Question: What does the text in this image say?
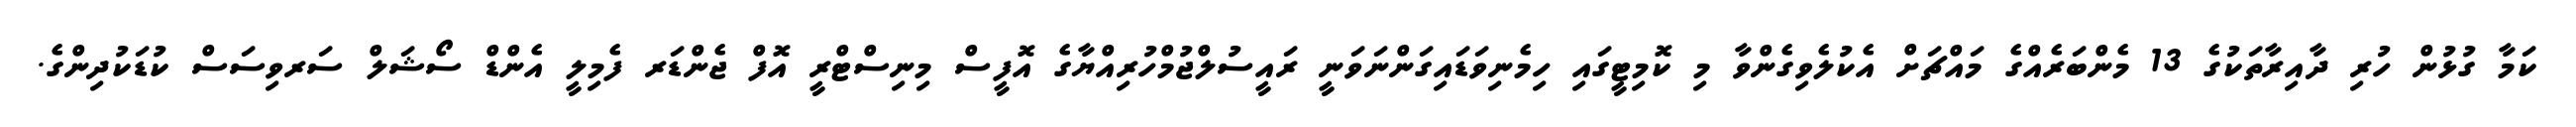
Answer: ކަމާ ގުޅުން ހުރި ދާއިރާތަކުގެ 13 މެންބަރެއްގެ މައްޗަށް އެކުލެވިގެންވާ މި ކޮމިޓީގައި ހިމެނިވަޑައިގަންނަވަނީ ރައީސުލްޖުމްހުރިއްޔާގެ އޮފީސް މިނިސްޓްރީ އޮފް ޖެންޑަރ ފެމިލީ އެންޑް ސޯޝަލް ސަރވިސަސް ކުޑަކުދިންގެ.